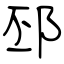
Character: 邳